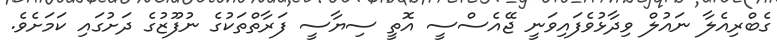
ގެބްރިއެލާ ނައުލް ވިދާޅުވެފައިވަނީ ޖޭއެސްސީ އޮތީ ސިޔާސީ ފަރާތްތަކުގެ ނުފޫޒުގެ ދަށުގައި ކަމަށެވެ.